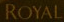
ROYAL